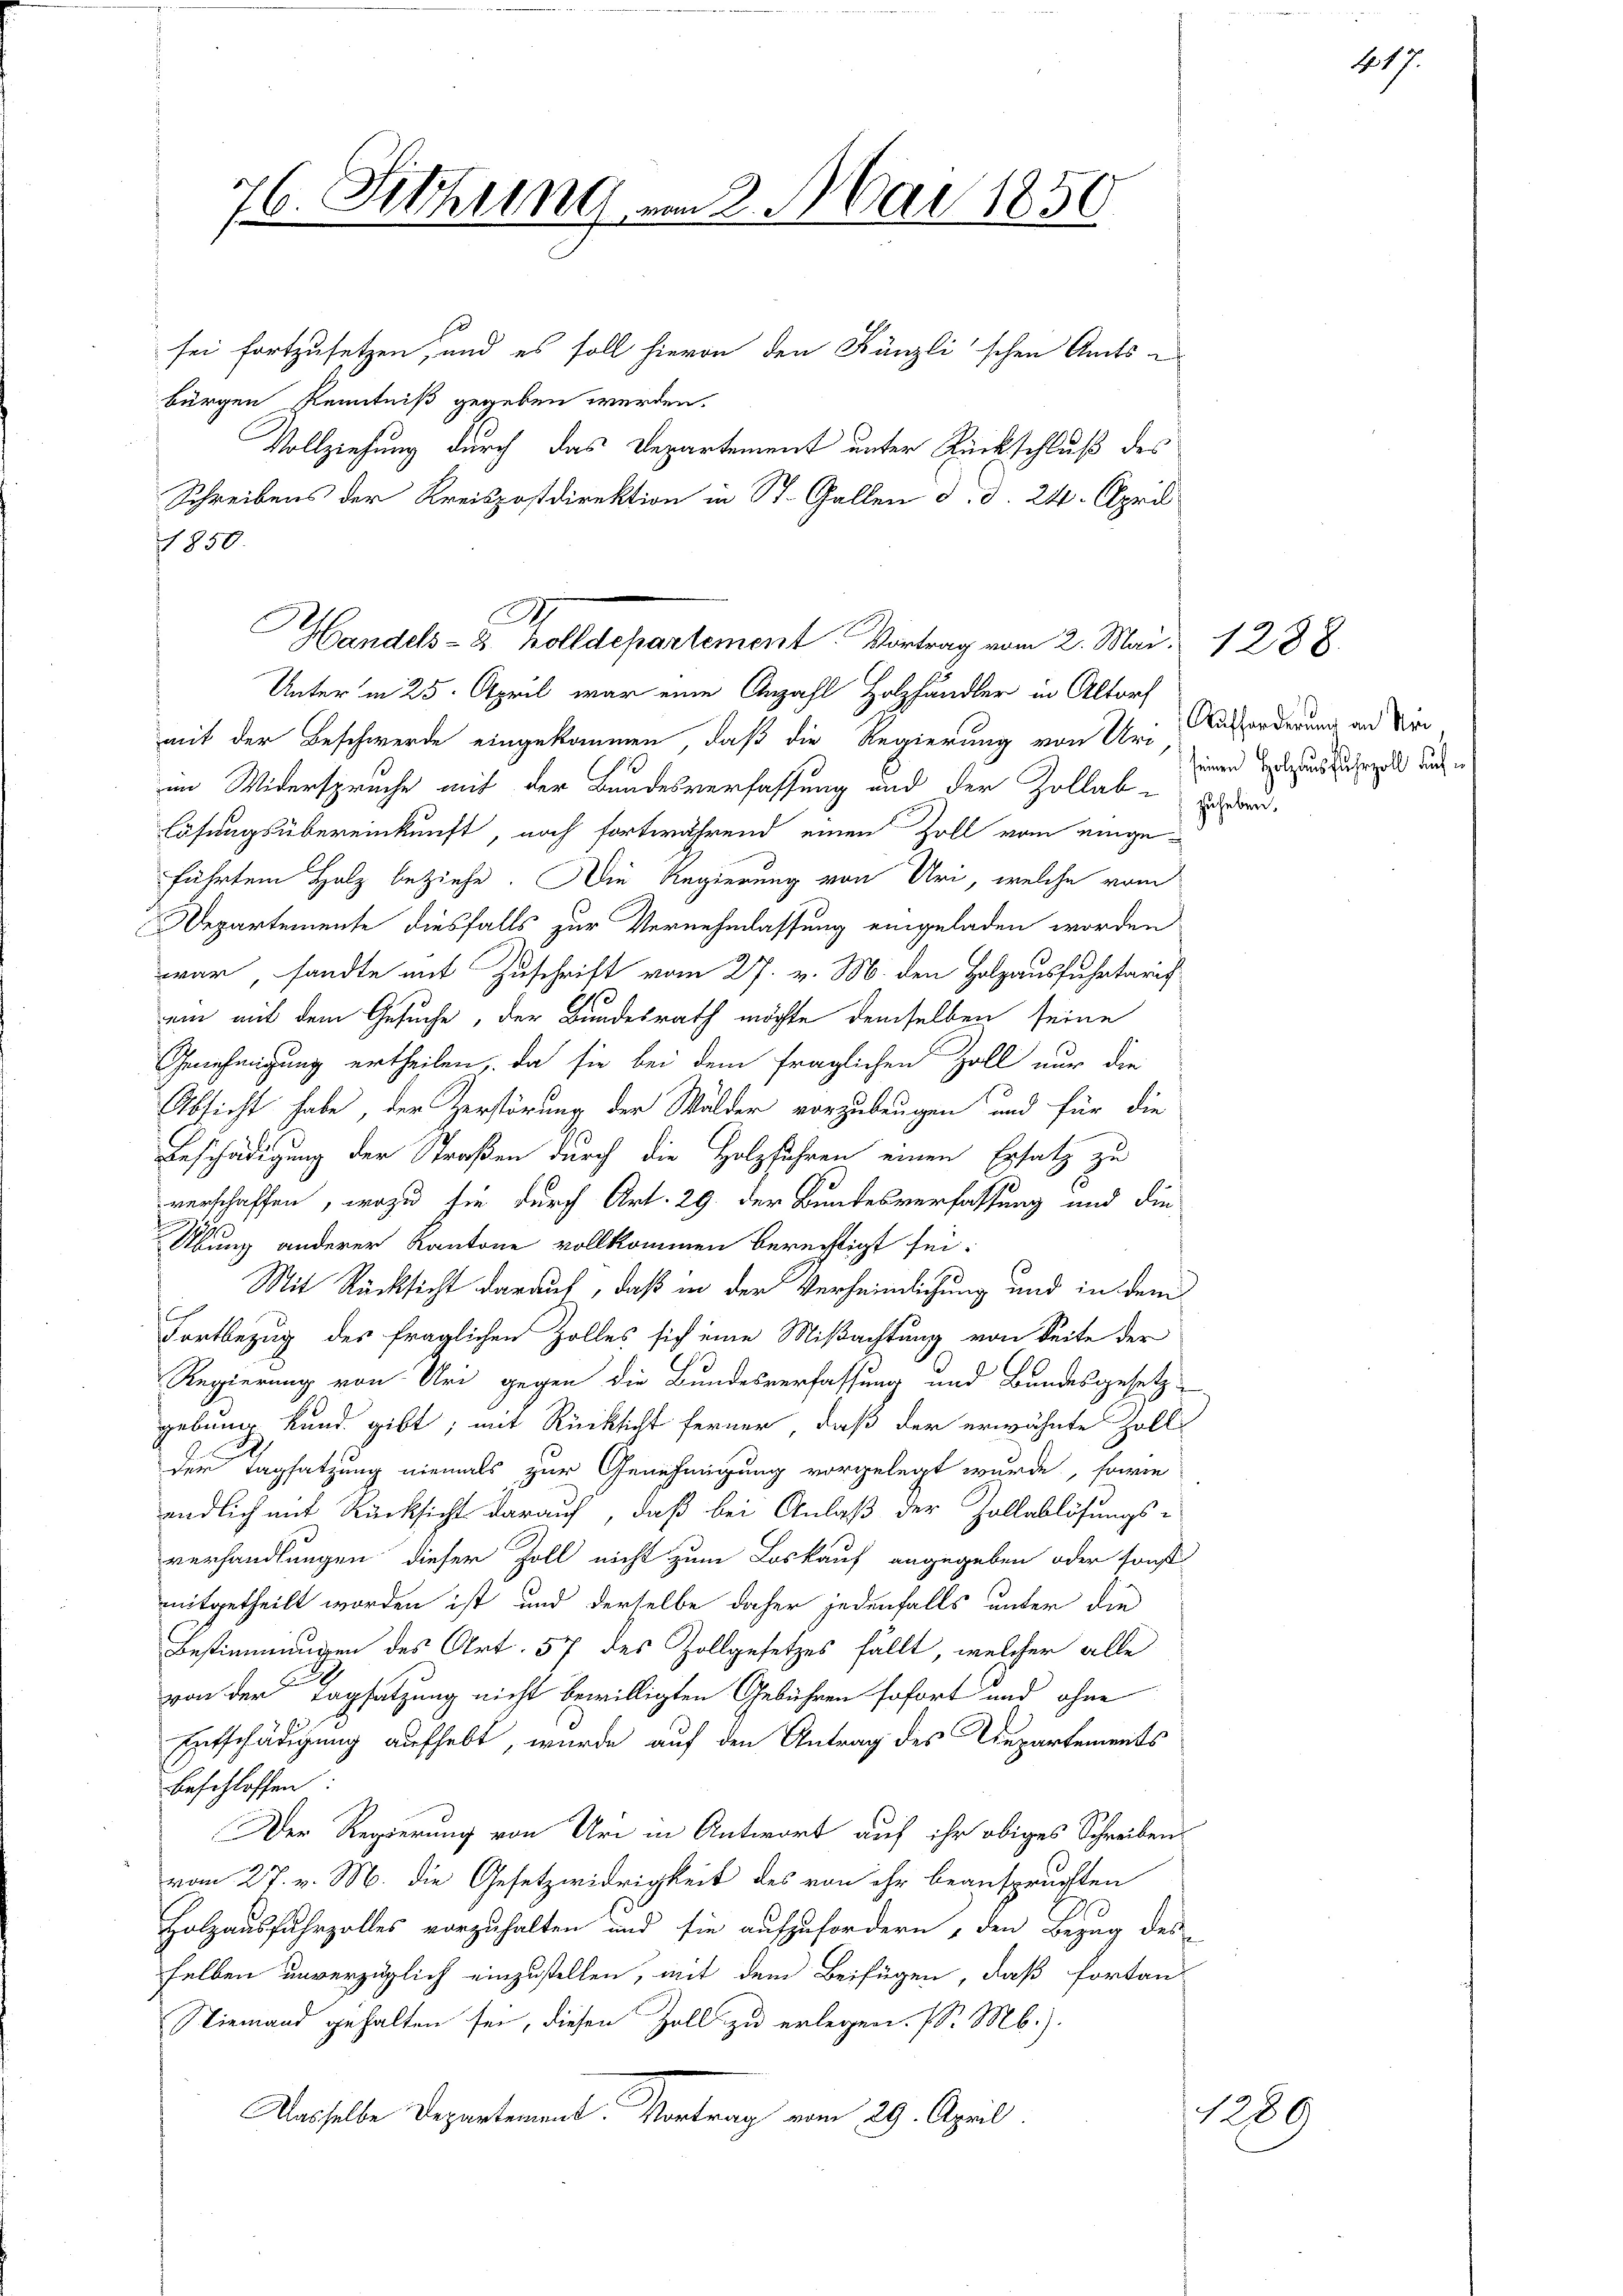
46. Sitzung um 2. Mai 1856
¬

sei fortzusetzen, und es soll hievon den Künzlischen Amts-
bürgen Kenntniß gegeben werden.
Vollziehung durch das Departement unter Rückschluß des
Schreibens der Kreispostdirektion in St. Gallen d. d. 24. April
1850.

Unter in 25. April war eine Anzahl Holzhändler in Altorf
mit der Beschwerde eingekommen, daß die Regierung von Uri Aufforderung an dire
im Widerspruche mit der Bundesverfassung und der Zollab-Eiser-
lösungsübereinkunft, noch fortwährend einen Zoll vom eingeführten Holz beziehe. Die Regierung von Uri, welche vom
Departemente diesfalls zur Vernehmlassung eingeladen worden
war, sandte mit Zuschrift vom 27. v. M. den Holzausfuhrtaris
ein mit dem Gesuche, der Bundesrath möchte demselben seine
Genehmigung ertheilen, da sie bei dem fraglichen Zoll nur die
Absicht habe, der Zerstörung der Wälder vorzubeugen und für die
Beschädigung der Straßen durch die Holzfuhren einen Ersatz zu
verschaffen, wozu sie durch Art. 29. der Bundesverfassung und die
Übung anderer Kantone vollkommen berechtigt sei.
Mit Rücksicht darauf, daß in der Verheimlichung und in dem
C
Fortbezug des fraglichen Zolles sich eine Mißachtung von Seite der
Regierung von Uri gegen die Bundesverfassung und Bundesgesetz
gebung kund gibt, mit Rücksicht ferner, daß der erwähnte Zoll
der Tagsatzung niemals zur Genehmigung vorgelegt wurde, sowie
endlich mit Rücksicht darauf, daß bei Anlaß der Zollablösungs-
verhandlungen dieser Zoll nicht zum Loskauf angegeben oder sonst
mitgetheilt worden ist, und derselbe daher jedenfalls unter die
Bestimmungen des Art. 57 des Zollgesetzes fällt, welcher alle
.
von der Tagsatzung nicht bewilligten Gebühren sofort und ohne
Entschädigung aufhebt, wurde auf den Antrag des Departements
beschlossen.
Der Regierung von Uri in Antwort auf ihr obiges Schreiben
vom 27. v. M. die Gesetzwidrigkeit des von ihr beanspruchten
Holzausfuhrzolles vorzuhalten und sie aufzufordern, den Bezug des
selben unverzüglich einzustellen, mit dem Beifügen, daß fortan
Niemand gehalten sei, diesen Zoll zu erlegen. (S. Mb.).
Dasselbe Departement: Vortrag vom 29. April.

Handels- & Zolldepartement. Vortrag vom 2. Mai 1288.

seinen Holzausfuhrzoll auf

1289

417.